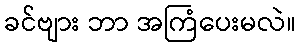
ခင်ဗျား ဘာ အကြံပေးမလဲ။